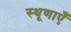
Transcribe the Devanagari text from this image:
स्थूणाएँ